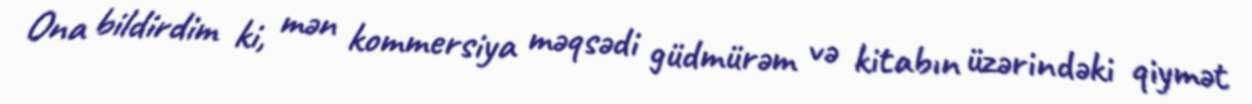
Ona bildirdim ki, mən kommersiya məqsədi güdmürəm və kitabın üzərindəki qiymət